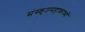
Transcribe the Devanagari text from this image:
संस्कृतमहाकाव्यों